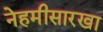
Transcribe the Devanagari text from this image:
नेहमीसारखा